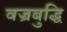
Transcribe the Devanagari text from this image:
वज्रबुद्धि